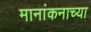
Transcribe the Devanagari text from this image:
मानांकनाच्या